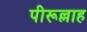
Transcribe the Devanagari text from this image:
पीरूल्लाह